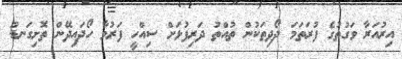
އިރުއަރާ ވަގުތުގެ ފުރަތަމަ ދޯދިތަކުން ތުއްތު ދަރިފުޅަށް ސިއްހީ ފަރުވާ ހޯދައިދޭން ތޮށިގަނޑު